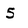
Character: 5